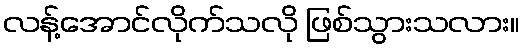
လန့်အောင်လိုက်သလို ဖြစ်သွားသလား။